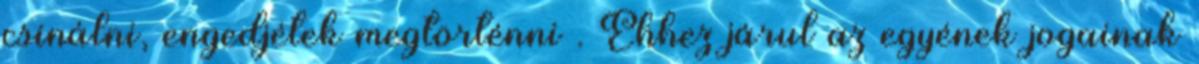
csinálni, engedjétek megtörténni . Ehhez járul az egyének jogainak